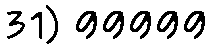
31) 99999